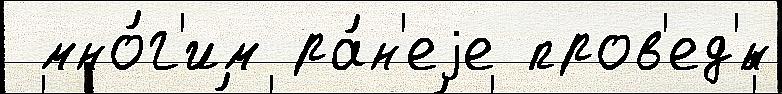
 мно́г'им ра́н'еjе пров'ед'́н